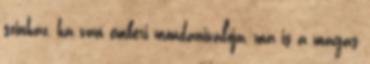
szinház, ha van emberi mondanivalója, ma is a magas